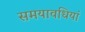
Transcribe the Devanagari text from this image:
समयावधियां